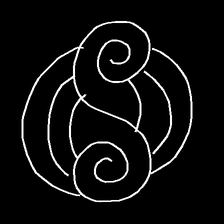
Glyph: wind-underfoot